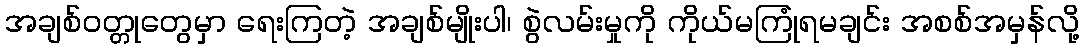
အချစ်ဝတ္တုတွေမှာ ရေးကြတဲ့ အချစ်မျိုးပါ၊ စွဲလမ်းမှုကို ကိုယ်မကြုံရမချင်း အစစ်အမှန်လို့